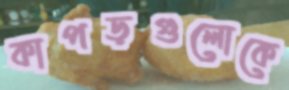
কাপড়গুলোকে